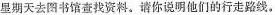
星期天去图书馆查找资料。请你说明他们的行走路线。